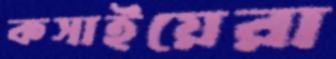
কসাইয়েরা